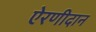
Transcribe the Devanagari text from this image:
ऐरणीदान